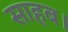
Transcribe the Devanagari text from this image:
साहब।